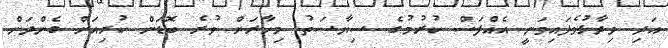
އަދި ވިދާޅުވެފައިވަނީ އެއްފަސް ކުރުމުގެ ސިޔާސަތު މިހާރަށް ވުރެ ބޮޑަށް ކުރިއަށް ގެންދަން